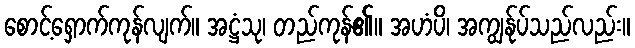
စောင့်ရှောက်ကုန်လျက်။ အဋ္ဌံသု၊ တည်ကုန်၏။ အဟံပိ၊ အကျွန်ုပ်သည်လည်း။